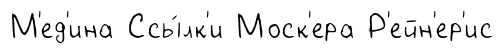
М'ед'ина Ссы́лк'и Моск'ера Р'ейн'ер'ис